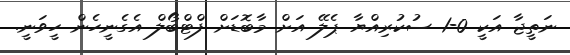
ނަތީޖާ އަކީ 0-1 ސުކުރިއްޔާ ޕެލޭ އަށް މާބޮޑަށް ފްޓްބޯލް އެގެނީހެން ހީވަނީ.